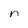
Character: n